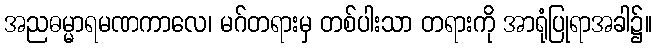
အညဓမ္မာရမဏကာလေ၊ မဂ်တရားမှ တစ်ပါးသာ တရားကို အာရုံပြုရာအခါ၌။